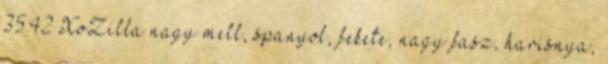
35:42 XoZilla nagy mell, spanyol, fekete, nagy fasz, harisnya,